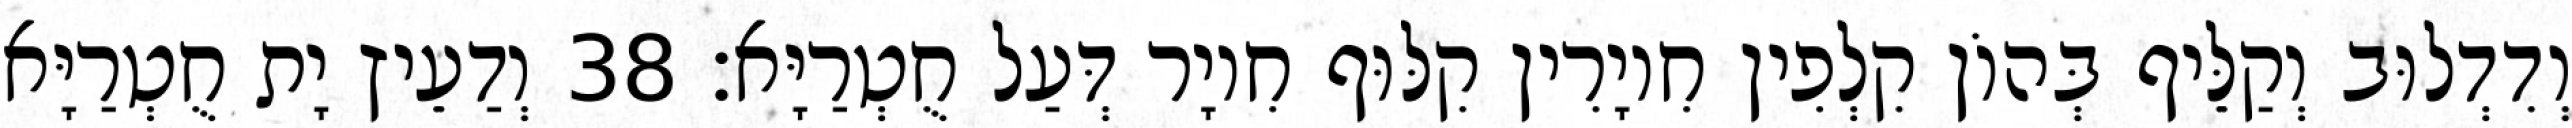
וְדִדְלוּב וְקַלֵּיף בְּהוֹן קִלְפִין חִיוָרִין קִלּוּף חִיוָר דְּעַל חֻטְרַיָּא׃ 38 וְדַעֵיץ יָת חֻטְרַיָּא